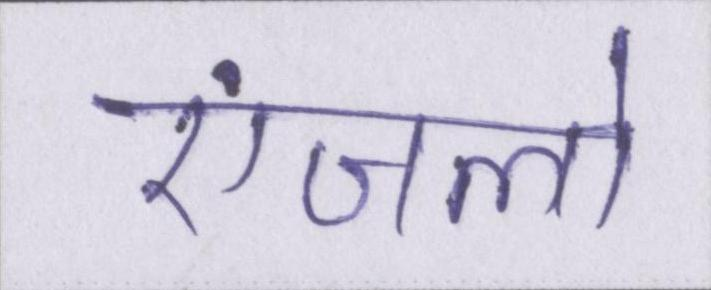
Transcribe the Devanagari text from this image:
एंजलो